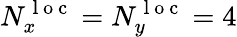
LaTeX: N_{x}^{\mathrm{~l~o~c~}}=N_{y}^{\mathrm{~l~o~c~}}=4